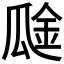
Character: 𰢞